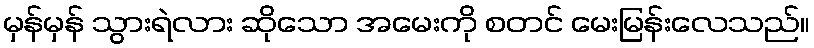
မှန်မှန် သွားရဲလား ဆိုသော အမေးကို စတင် မေးမြန်းလေသည်။